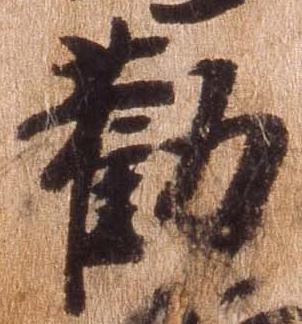
勧